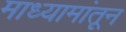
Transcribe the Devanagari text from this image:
माध्यामांतून